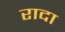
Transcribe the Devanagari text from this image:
रादा